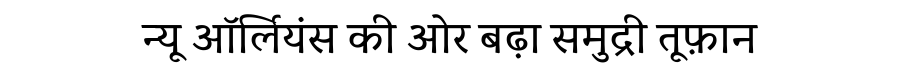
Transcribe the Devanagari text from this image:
न्यू ऑर्लियंस की ओर बढ़ा समुद्री तूफ़ान